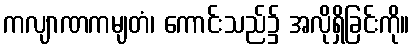
ကလျာဏကမျတံ၊ ကောင်းသည်၌ အလိုရှိခြင်းကို။